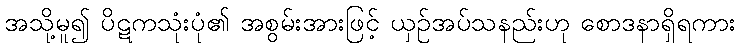
အသို့မူ၍ ပိဋကသုံးပုံ၏ အစွမ်းအားဖြင့် ယှဉ်အပ်သနည်းဟု စောဒနာရှိရကား